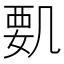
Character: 𠙞